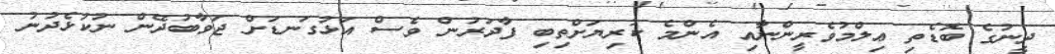
ދީނުގެ ބޮޑެތި ޢިލްމުވެރީންނާއި އެންމެ ކުރިޔަށްތިބި ފާދަރުން ވެސް އަޅުގަނޑަށް ޖަވާބުދޭން ނުކުޅެދުނު